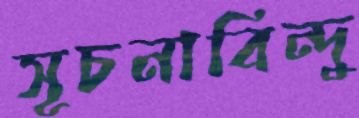
সূচনাবিন্দু